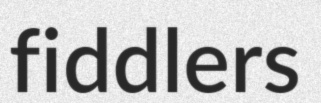
fiddlers